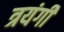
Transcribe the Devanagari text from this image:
त्रयंगी